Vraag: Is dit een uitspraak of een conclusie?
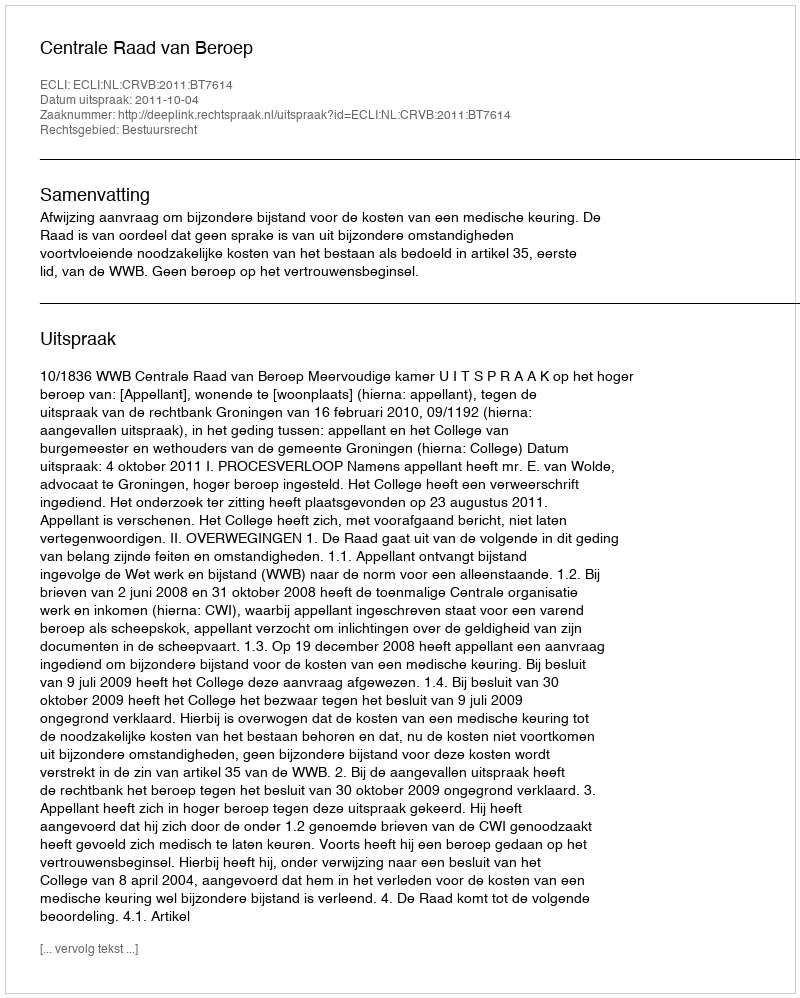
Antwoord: Uitspraak